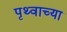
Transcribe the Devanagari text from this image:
पृथ्वाच्या